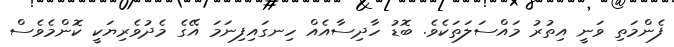
ފެންމަތި ވަނީ އިތުރު މައްސަލަތަކެވެ. ބޮޑު ހާދިސާއެއް ހިނގައިފިނަމަ އޭގެ މެދުވެރިޔަކީ ކޮންމެވެސް